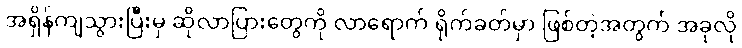
အရှိန်ကျသွားပြီးမှ ဆိုလာပြားတွေကို လာရောက် ရိုက်ခတ်မှာ ဖြစ်တဲ့အတွက် အခုလို